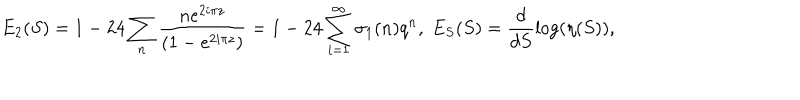
E _ { 2 } ( S ) = 1 - 2 4 \sum _ { n } \frac { n e ^ { 2 i \pi z } } { ( 1 - e ^ { 2 i \pi z } ) } = 1 - 2 4 \sum _ { i = 1 } ^ { \infty } \sigma _ { 1 } ( n ) q ^ { n } , \; E _ { S } ( S ) = \frac { d } { d S } \log ( \eta ( S ) ) ,